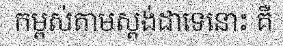
កម្ពស់តាមស្តង់ដាទេនោះ គឺ